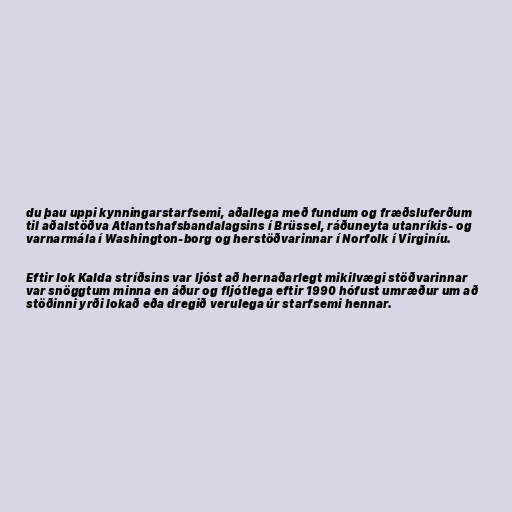
du þau uppi kynningarstarfsemi, aðallega með fundum og fræðsluferðum
til aðalstöðva Atlantshafsbandalagsins í Brüssel, ráðuneyta utanríkis- og
varnarmála í Washington-borg og herstöðvarinnar í Norfolk í Virginíu.

Eftir lok Kalda stríðsins var ljóst að hernaðarlegt mikilvægi stöðvarinnar
var snöggtum minna en áður og fljótlega eftir 1990 hófust umræður um að
stöðinni yrði lokað eða dregið verulega úr starfsemi hennar.